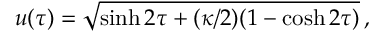
u ( \tau ) = \sqrt { \sinh { 2 \tau } + ( \kappa / 2 ) ( 1 - \cosh { 2 \tau } ) } \, ,